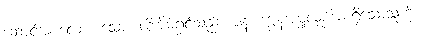
ဆောင်အပ်လော။ သော၊ ထိုအိမ်ရှင်သည်။ ဇနံ၊ ကျွန်အမှုလုပ်အစရှိသောသူကို။